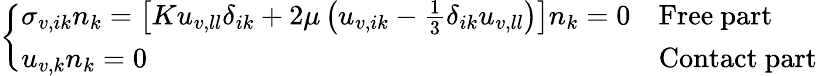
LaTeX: \left\{ \begin{array}{ll}{\sigma_{v,ik}n_{k}=\left[Ku_{v,ll}\delta_{ik}+\left.2\mu\left(u_{v,ik}-\frac{1}{3}\delta_{ik}u_{v,ll}\right)\right.\right]n_{k}=0}&{\mathrm{Free~part}}\\ {u_{v,k}n_{k}=0}&{\mathrm{Contact~part}}\end{array}\right.